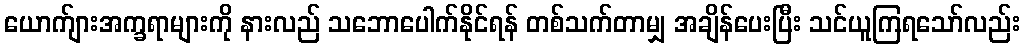
ယောက်ျားအက္ခရာများကို နားလည် သဘောပေါက်နိုင်ရန် တစ်သက်တာမျှ အချိန်ပေးပြီး သင်ယူကြရသော်လည်း